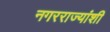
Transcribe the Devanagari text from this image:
नगरराज्यांशी